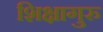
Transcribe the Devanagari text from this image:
शिक्षागुरु